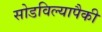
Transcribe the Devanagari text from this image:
सोडविल्यापैकी